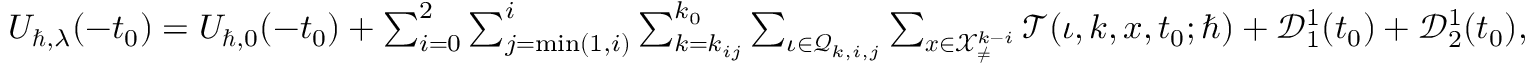
\begin{array} { r } { U _ { \hbar , \lambda } ( - t _ { 0 } ) = U _ { \hbar , 0 } ( - t _ { 0 } ) + \sum _ { i = 0 } ^ { 2 } \sum _ { j = \operatorname* { m i n } ( 1 , i ) } ^ { i } \sum _ { k = k _ { i j } } ^ { k _ { 0 } } \sum _ { \iota \in \mathcal { Q } _ { k , i , j } } \sum _ { \boldsymbol { x } \in \mathcal { X } _ { \neq } ^ { k - i } } \mathcal { T } ( \iota , k , \boldsymbol { x } , t _ { 0 } ; \hbar ) + \mathcal { D } _ { 1 } ^ { 1 } ( t _ { 0 } ) + \mathcal { D } _ { 2 } ^ { 1 } ( t _ { 0 } ) , } \end{array}